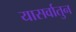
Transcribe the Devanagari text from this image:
यासर्वातुन